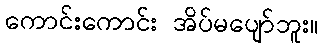
ကောင်းကောင်း အိပ်မပျော်ဘူး။